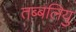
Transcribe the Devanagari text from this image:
तब्बलियु